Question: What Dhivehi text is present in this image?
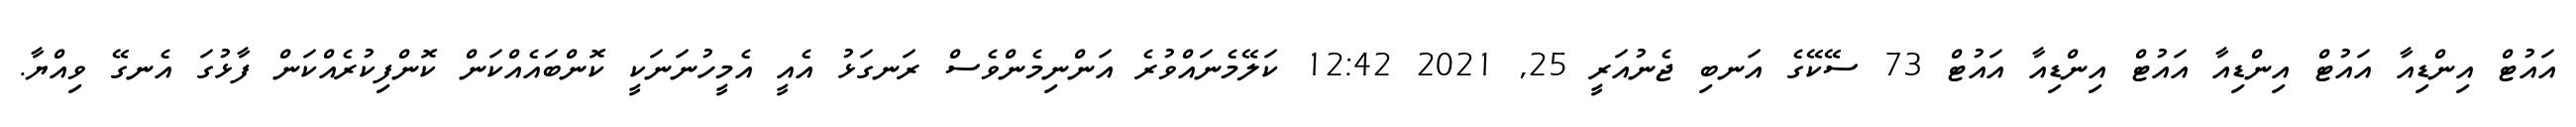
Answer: އައުޓް އިންޑިއާ އައުޓް އިންޑިއާ އައުޓް އިންޑިއާ އައުޓް 73 ސޭކޭގެ އަނބި ޖެނުއަރީ 25, 2021 12:42 ކަލޭމެނައްވުރެ އަންނިމެންވެސް ރަނގަޅު އެއީ އެމީހުނަނަކީ ކޮންބައެއްކަން ކޮންފިކުރެއްކަން ފާޅުގަ އެނގޭ ވިއްޔާ.